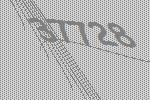
37728